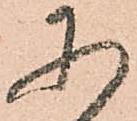
に